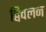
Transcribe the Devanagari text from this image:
द्विवलन